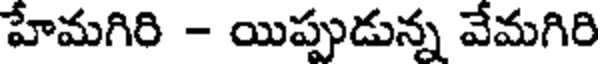
హేమగిరి - యిప్పుడున్న వేమగిరి